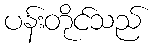
ပန်းတိုင်သည်